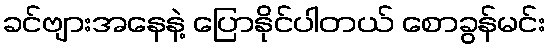
ခင်ဗျားအနေနဲ့ ပြောနိုင်ပါတယ် စောခွန်မင်း